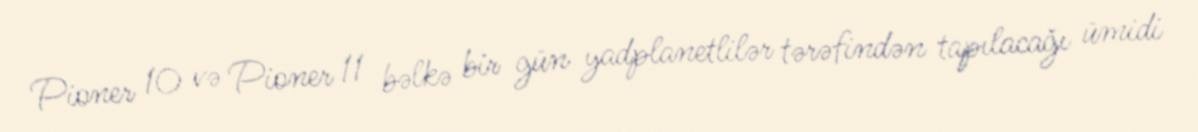
Pioner 10 və Pioner 11 bəlkə bir gün yadplanetlilər tərəfindən tapılacağı ümidi